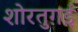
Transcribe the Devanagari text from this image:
शोरतुग़ई